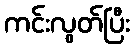
ကင်းလွတ်ပြီး